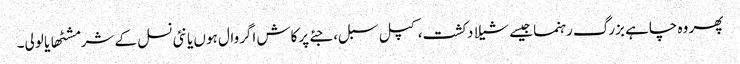
پھر وہ چاہے بزرگ رہنما جیسے شیلا دکشت، کپل سبل، جئے پرکاش اگروال ہوں یا نئی نسل کے شرمشٹھا یا لولی۔